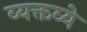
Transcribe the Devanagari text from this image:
व्यक्तव्ये